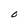
Character: O